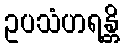
ဥပသံဟရန္တိ